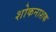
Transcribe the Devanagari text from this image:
शोकनाशक